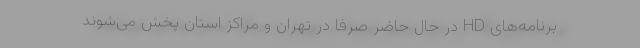
برنامه‌های HD در حال حاضر صرفا در تهران و مراکز استان پخش می‌شوند